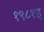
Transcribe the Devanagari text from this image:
१९८१इ